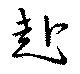
赴